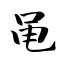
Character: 黾